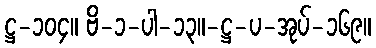
ဋ္ဌ-၁၀၄။ ဗိ-၁-ပါ-၁၃။-ဋ္ဌ-ပ-အုပ်-၁၆၉။